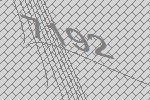
7192